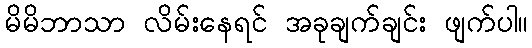
မိမိဘာသာ လိမ်းနေရင် အခုချက်ချင်း ဖျက်ပါ။